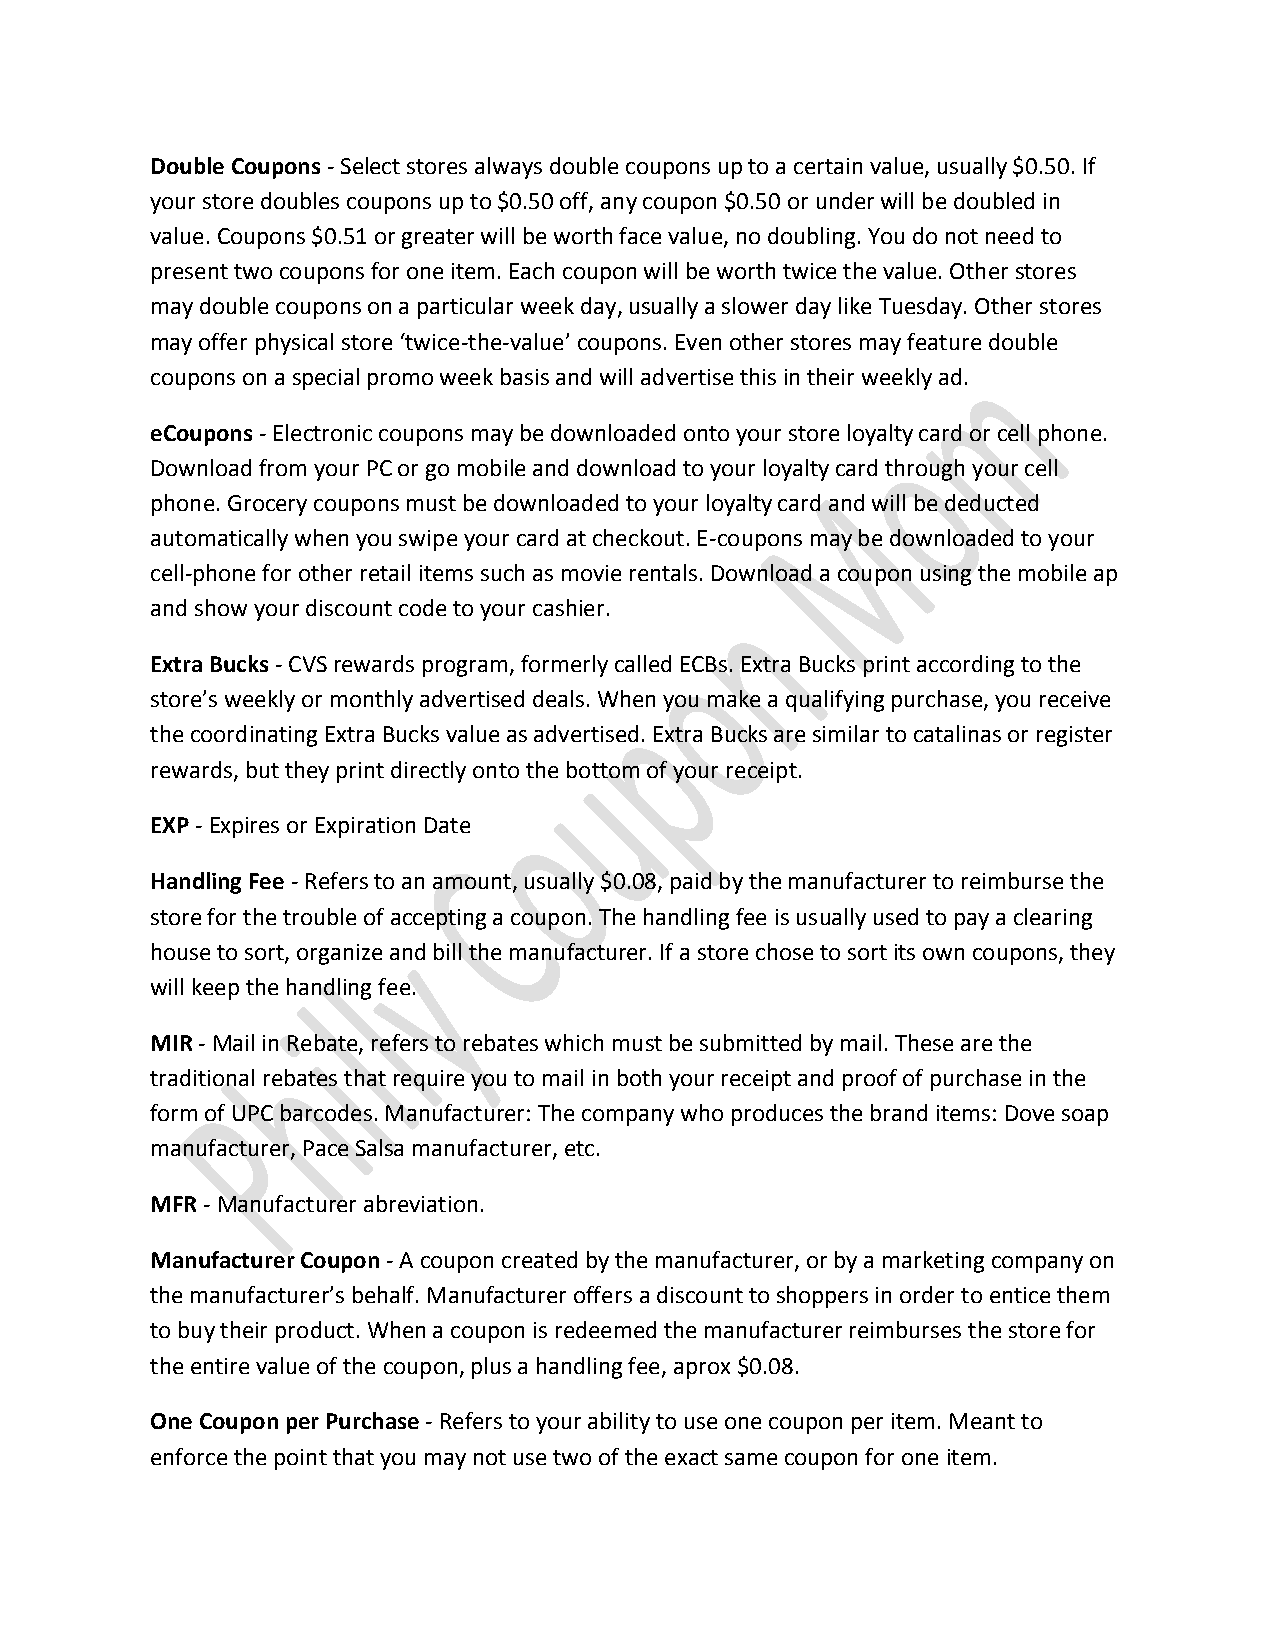
Double Coupons - Select stores always double coupons up to a certain value, usually $0.50. If
 your store doubles coupons up to $0.50 off, any coupon $0.50 or under will be doubled in
 value. Coupons $0.51 or greater will be worth face value, no doubling. You do not need to
 present two coupons for one item. Each coupon will be worth twice the value. Other stores
 may double coupons on a particular week day, usually a slower day like Tuesday. Other stores
 may offer physical store ‘twice-the-value’ coupons. Even other stores may feature double
 coupons on a special promo week basis and will advertise this in their weekly ad.
 eCoupons - Electronic coupons may be downloaded onto your store loyalty card or cell phone.
 Download from your PC or go mobile and download to your loyalty card through your cell
 phone. Grocery coupons must be downloaded to your loyalty card and will be deducted
 automatically when you swipe your card at checkout. E-coupons may be downloaded to your
 cell-phone for other retail items such as movie rentals. Download a coupon using the mobile ap
 and show your discount code to your cashier.
 Extra Bucks - CVS rewards program, formerly called ECBs. Extra Bucks print according to the
 store’s weekly or monthly advertised deals. When you make a qualifying purchase, you receive
 the coordinating Extra Bucks value as advertised. Extra Bucks are similar to catalinas or register
 rewards, but they print directly onto the bottom of your receipt.
 EXP - Expires or Expiration Date
 Handling Fee - Refers to an amount, usually $0.08, paid by the manufacturer to reimburse the
 store for the trouble of accepting a coupon. The handling fee is usually used to pay a clearing
 house to sort, organize and bill the manufacturer. If a store chose to sort its own coupons, they
 will keep the handling fee.
 MIR - Mail in Rebate, refers to rebates which must be submitted by mail. These are the
 traditional rebates that require you to mail in both your receipt and proof of purchase in the
 form of UPC barcodes. Manufacturer: The company who produces the brand items: Dove soap
 manufacturer, Pace Salsa manufacturer, etc.
 MFR - Manufacturer abreviation.
 Manufacturer Coupon - A coupon created by the manufacturer, or by a marketing company on
 the manufacturer’s behalf. Manufacturer offers a discount to shoppers in order to entice them
 to buy their product. When a coupon is redeemed the manufacturer reimburses the store for
 the entire value of the coupon, plus a handling fee, aprox $0.08.
 One Coupon per Purchase - Refers to your ability to use one coupon per item. Meant to
 enforce the point that you may not use two of the exact same coupon for one item.